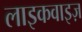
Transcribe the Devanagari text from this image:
लाइकवाइज़